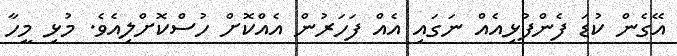
އޭގެން ކުޑަ ފެންފުޅިއެއް ނަގައި އެއް ފަހަރުން އެއްކޮށް ހުސްކޮށްލިއެވެ. މުޅި މީހާ